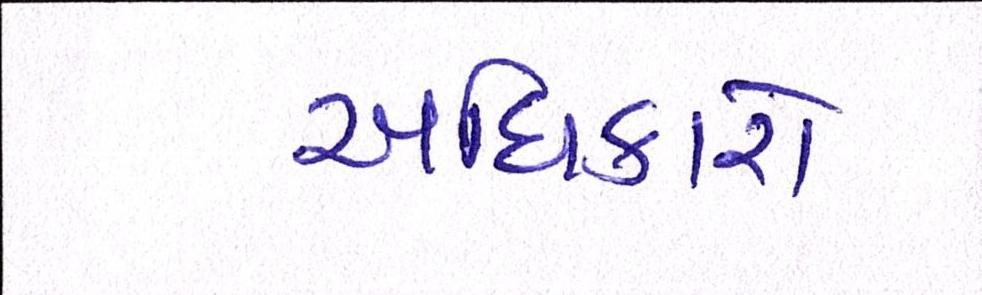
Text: અધિકારો